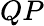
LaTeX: QP